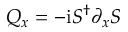
Q _ { x } = - \mathrm { i } S ^ { \dagger } \partial _ { x } S